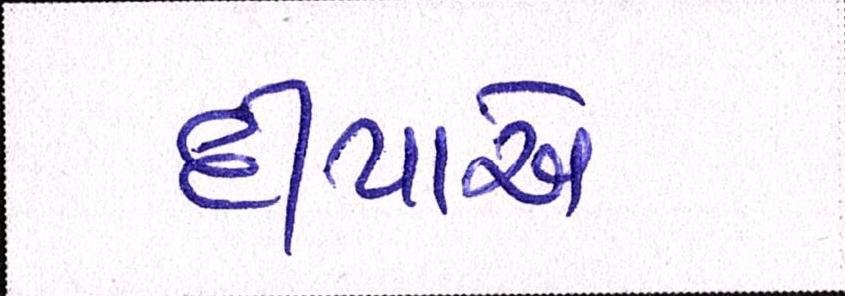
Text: દીપાએ